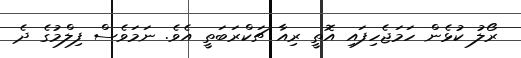
ރޯލު ކުޅެން ހަމަޖެހިފައި އޮތީ ރިއާ ޗަކްރަބަތީ އެވެ. ނަމަވެސް ފިލްމުގެ ދެ